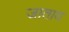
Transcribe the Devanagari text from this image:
जाताय